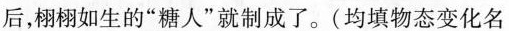
后，栩栩如生的”糖人”就制成了。(均填物态变化名